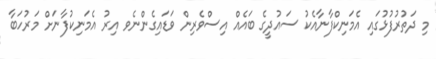
މި ދަތުރުފުޅުގައި އެމަނިކްފާނާއެކު ސައުދީގެ ބައެއް އިސްވެރިން ވަޑައިގެންނެވ އިރު އެމަނިކުފާނަށް މަރުހަބާ